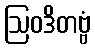
ဩဝဒိတဗ္ဗံ